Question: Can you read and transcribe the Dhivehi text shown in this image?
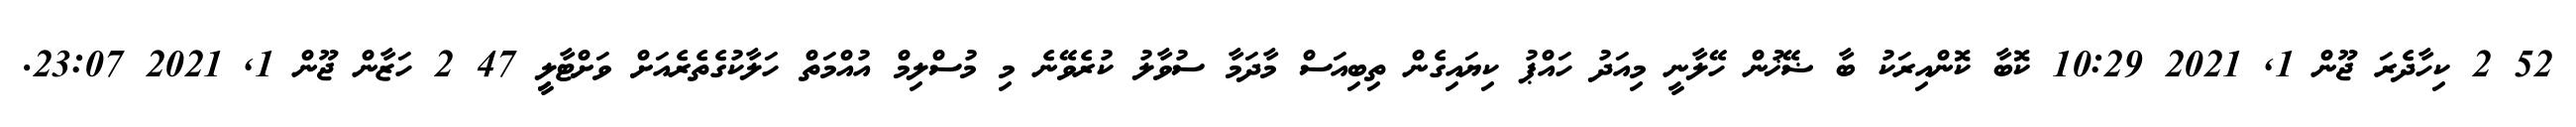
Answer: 52 2 ކިހާދެރަ ޖޫން 1, 2021 10:29 ކޮބާ ކޮންއިރަކު ބާ ޟޭޚުން ހޭލާނީ މިއަދު ހައްޕު ކިޔައިގެން ތިބިއަސް މާދަމާ ސުވާލު ކުރެވޭނެ މި މުސްލިމް އުއްމަތް ހަލާކުގެތެރެއަށް ވަށްޓާލިީ 47 2 ހަޒާން ޖޫން 1, 2021 23:07.